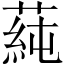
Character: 蒓